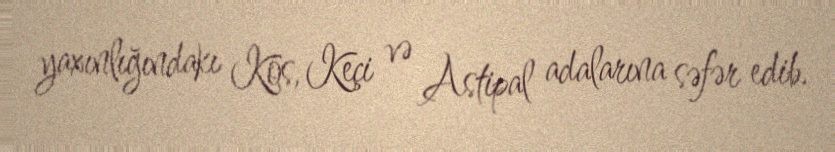
yaxınlığındakı Kos, Keçi və Astipal adalarına səfər edib.